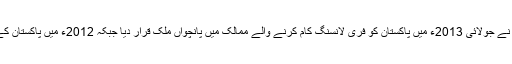
خرم صدیقی ایکسپریس ٹریبیون میں اپنے ایک آرٹیکل میں لکھتے ہیں کہ او-ڈیسک نے جولائی 2013ء میں پاکستان کو فری لانسنگ کام کرنے والے ممالک میں پانچواں ملک قرار دیا جبکہ 2012ء میں پاکستان کے پروگرامرز نے او-ڈیسک کے 35ملین گھنٹوں میں سے 2.6ملین گھنٹے کام کیا۔